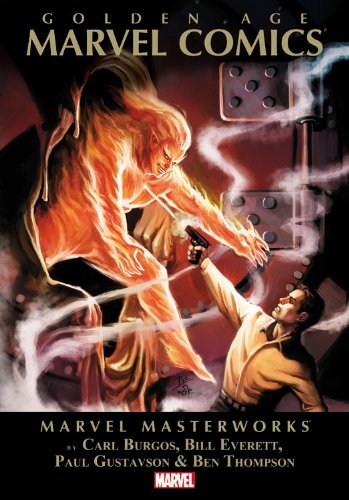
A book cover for Marvel Masterworks: Golden Age Marvel Comics Volume 1; Marvel Comics; Comics & Graphic Novels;